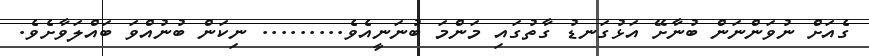
ގެއަށް ނުވަންނަން ބުނާށޭ އަޅުގަނޑު ގާތުގައި މަންމަ ބުނަނީއެވެ......... ނިކަން ބުނުއްވަ ބައްލަވާށެވެ.